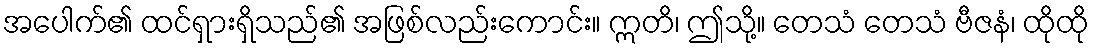
အပေါက်၏ ထင်ရှားရှိသည်၏ အဖြစ်လည်းကောင်း။ ဣတိ၊ ဤသို့။ တေသံ တေသံ ဗီဇနံ၊ ထိုထို